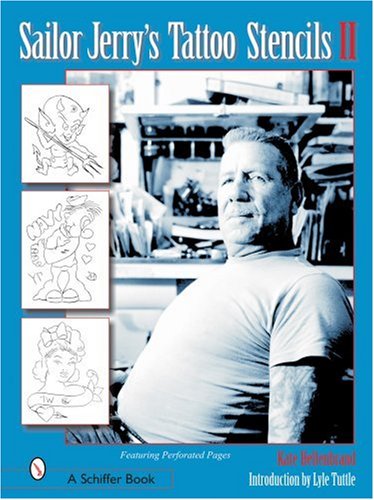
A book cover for Sailor Jerry's Tattoo Stencils II; Kate Hellenbrand; Arts & Photography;